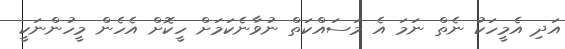
އަދި އެމީހަކު ނެތް ނަމަ އެ މަސައްކަތް ނުވާނެކަމަށް ހީކޮށް އެހެން މީހުންނަކީ